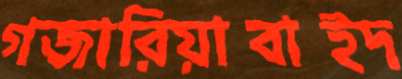
গজারিয়াবাইদ